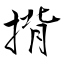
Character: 揹